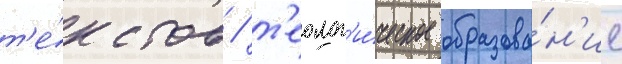
т'е́кстов / т'еолог'и́ческое образова́н'ие